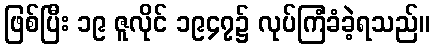
ဖြစ်ပြီး ၁၉ ဇူလိုင် ၁၉၄၇၌ လုပ်ကြံခံခဲ့ရသည်။